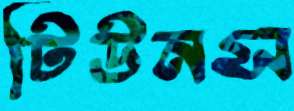
টিউনস